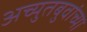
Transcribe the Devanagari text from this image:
अच्युतबुवांच्या